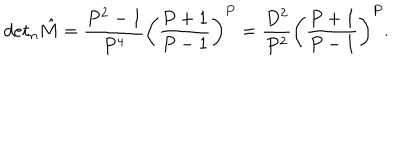
d e t _ { n } { \hat { M } } = \frac { P ^ { 2 } - 1 } { P ^ { 4 } } \bigg ( \frac { P + 1 } { P - 1 } \bigg ) ^ { P } = \frac { D ^ { 2 } } { P ^ { 2 } } \bigg ( \frac { P + 1 } { P - 1 } \bigg ) ^ { P } .